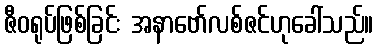
ဇီဝရုပ်ဖြစ်ခြင်း အနာဗော်လစ်ဇင်ဟုခေါ်သည်။